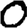
Digit: 0